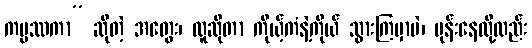
ကမ္မဿကာ” ဆိုတဲ့ အတွေး၊ လူဆိုတာ ကိုယ့်ကံနဲ့ကိုယ် သွားကြမှာပဲ၊ မုန်းနေလို့လည်း